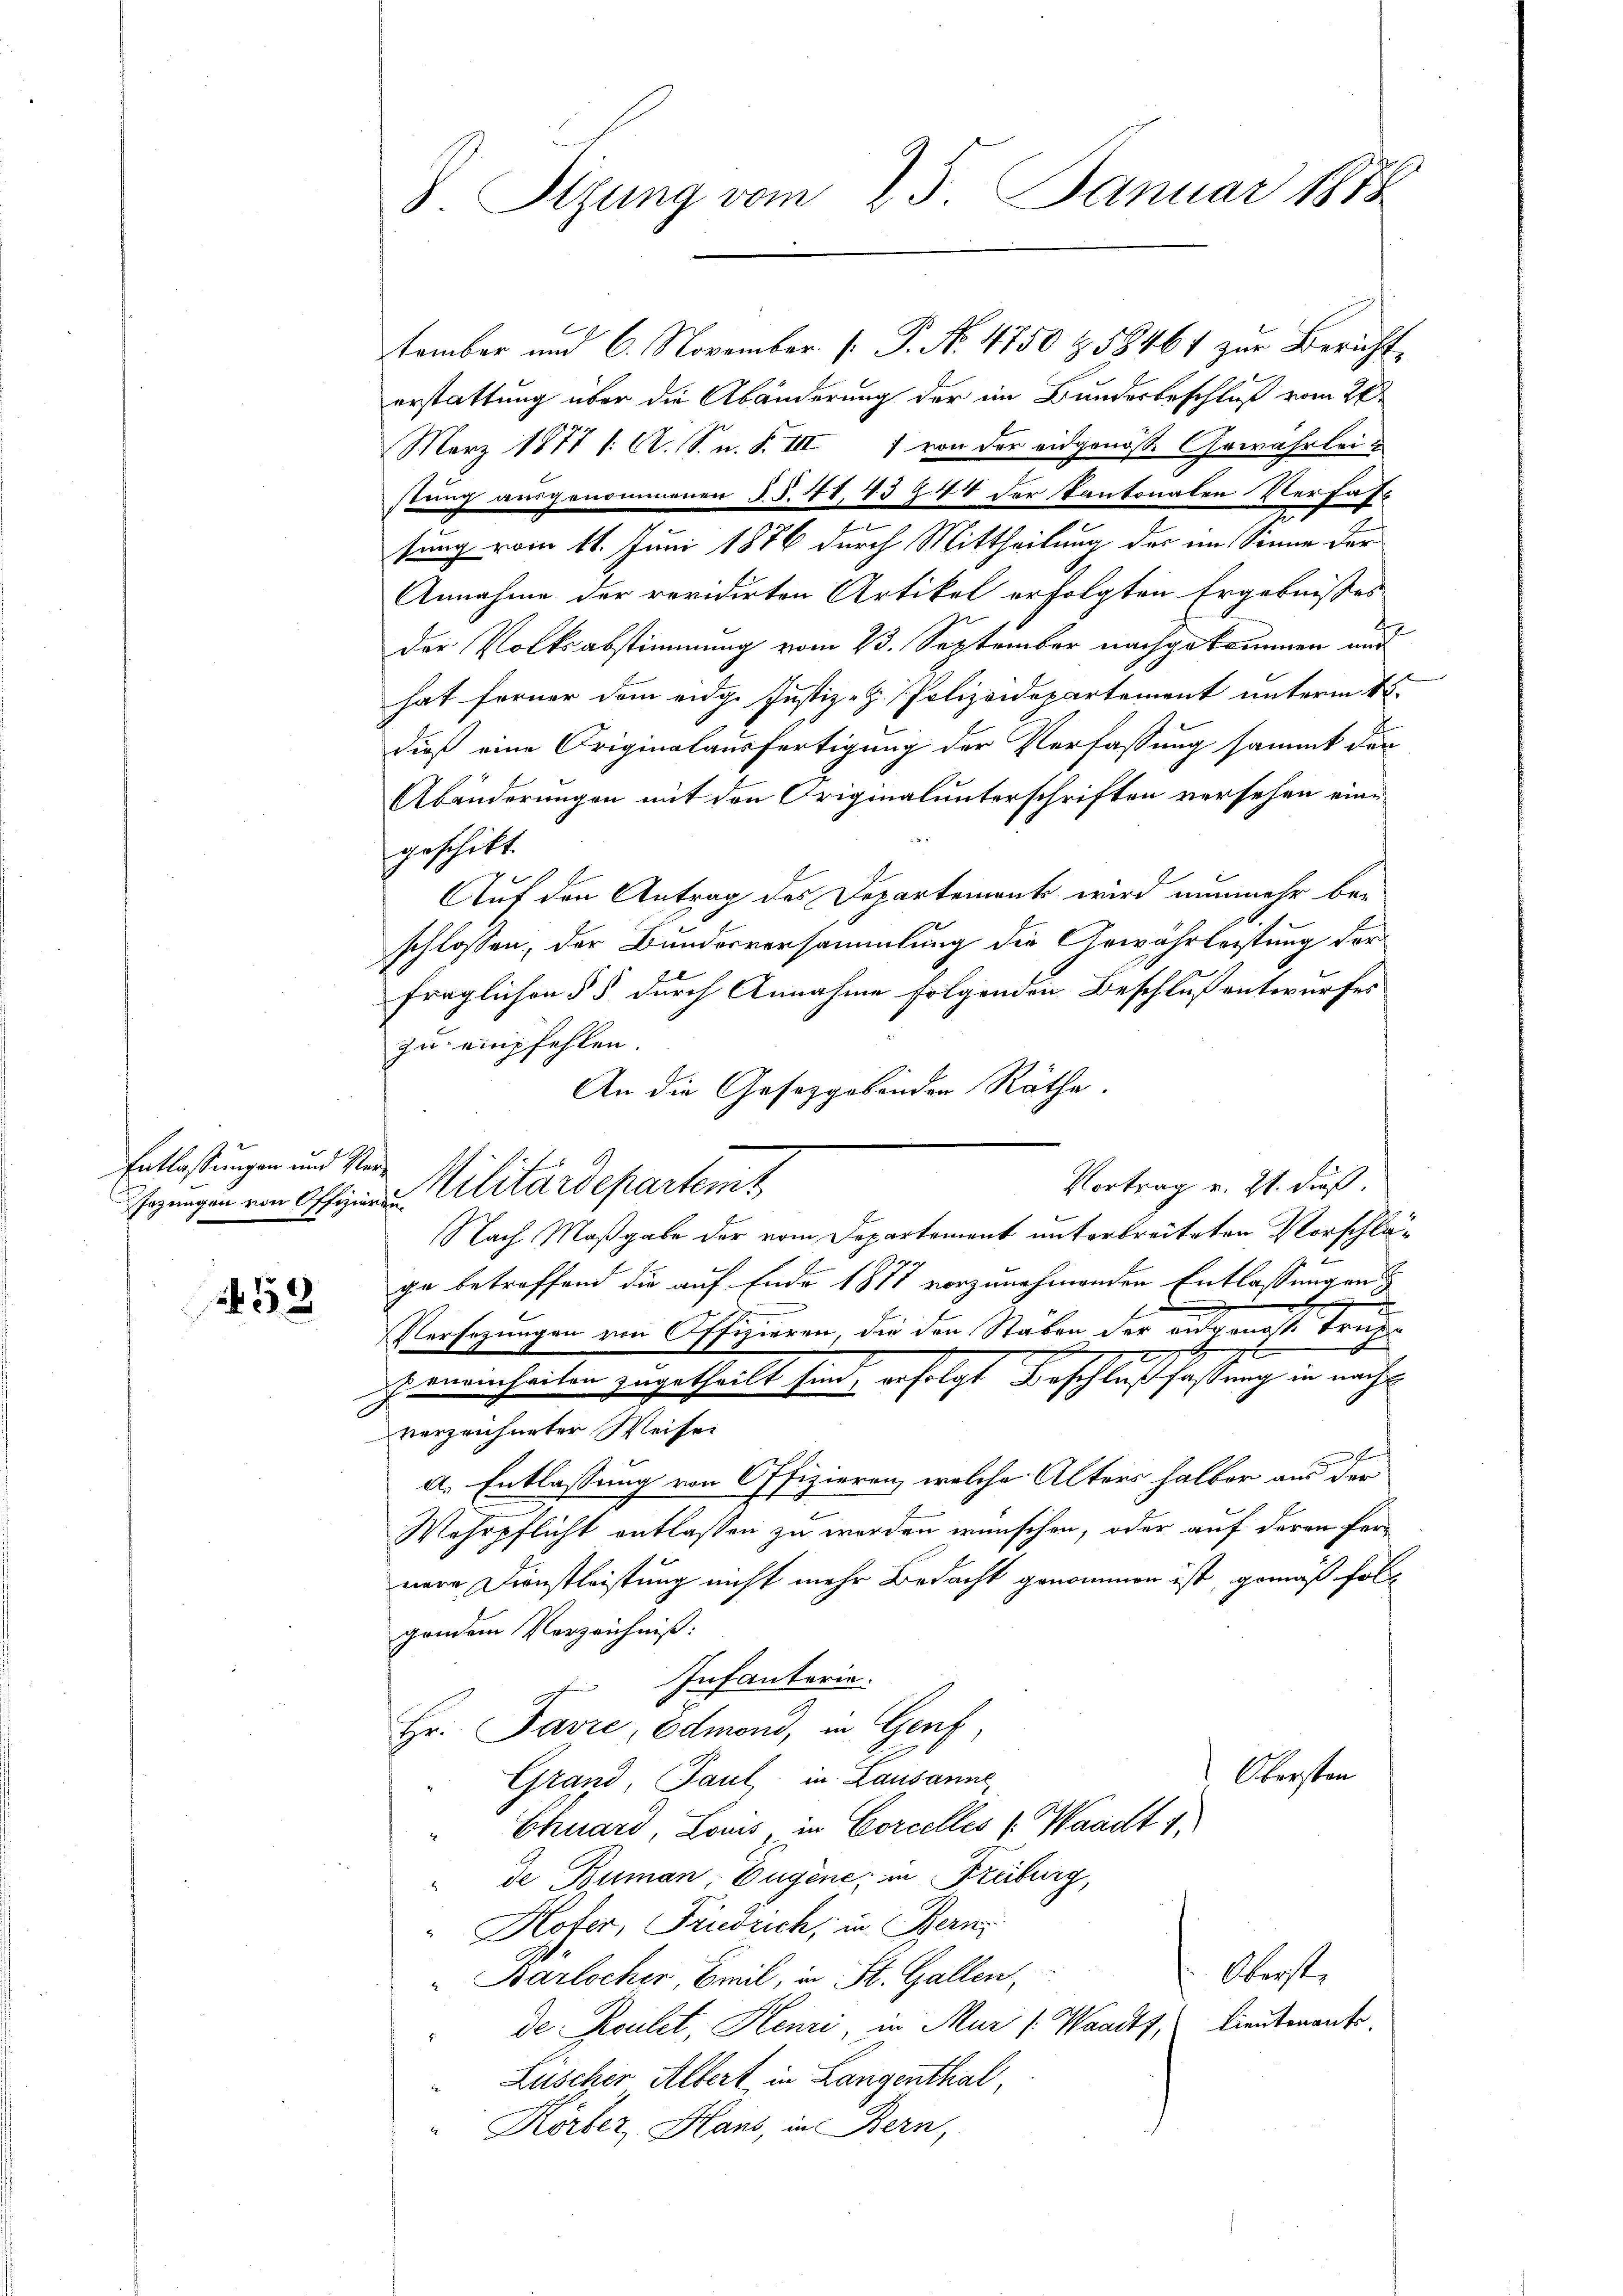
Entlassungen und Ver¬

53

tember und 6. November 1. P. No. 4750 & 18461 zur Bericht,
erstattung über die Abänderung der im Bundesbeschluß vom 28.
März 1877 /: A. S. n. F. III 7 von der eidgenosse Gewährleistung ausgenommenen §. §. 41, 43 Z. 44 der Kantonalen Verfas¬
.
sung vom 11. Juni 1876 durch Mittheilung des im Sinne der
Annahme der revidirten Artikel erfolgten Ergebnisses
der Volksabstimmung vom 23. September nachgekommen und
hat ferner dem eidg. Justiz-Z. Polizeidepartement unterm 15.
dieß eine Originalausfertigung der Verfassung sammt der
Abänderungen mit den Originalunterschriften versehen eingeschikt.
Auf den Antrag des Departements wird nunmehr beschlossen, der Bundesversammlung die Gewährleistung der
fraglichen § 5 durch Annahme folgenden Beschluß entwurfes
zu empfehlen.
An die Gesetzgebenden Räthe.
Nach Maßgabe der vom Departement unterbreiteten Vorschlä¬
.
ge betreffend die auf Ende 1877 vorzunehmenden Entlassungen
.
Versezungen von Offizieren, die den Staben der angenosse trif
Janeinheilen zugetheilt sind, erfolgt Beschlußfassung in nachverzeichneter Weisen
a. Entlassung von Offizieren, welche Alters halber aus der
Wehrpflicht entlassen zu werden wünschen, oder auf deren Pernere Dienstleistung nicht mehr Bedacht genommen ist, gemäß folgendem Verzeichniss:
Infanterie.
Hr. Favre, Edmond, in Genf
Obersten
Grand, Paul in Lausanne
Chuard, Louis, in Corcelles (Waadt 1.
de Buman Eugene, in Freiburg,
"Kofer, Fridrich, in Bern
Oberst
Barlocher Emil, in St. Gallen,
Lieutenante.
de Roulet, Henri in Mur (Waadt,
Luscher Albert in Langenthal
Körber, Haus, in Bern,

8. Sizung vom 25. Januar 1878

Eozungen von Offiziere Militärdepartem

Vortrag v. 21. dieß.